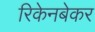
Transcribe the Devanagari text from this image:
रिकेनबेकर